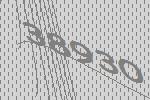
38930